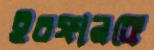
ইরফানকে